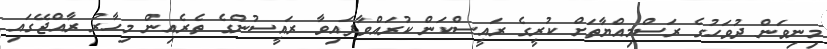
މިނިވަން ދުވަހުގެ ރަސްމިއްޔާތަށް ކުރީގެ ރައީސްކަން ކުރައްވާފައިވާ ރައީސުންގެ ތެރެއިން މިހާރު ރާއްޖޭގައި